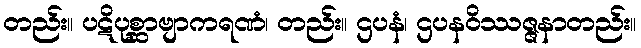
တည်း။ ပဋိပုစ္ဆာဗျာကရဏံ၊ တည်း။ ဌပနံ၊ ဌပနဝိဿဇ္ဇနာတည်း။